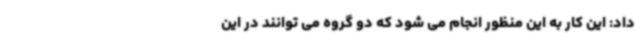
داد: این کار به این منظور انجام می شود که دو گروه می توانند در این